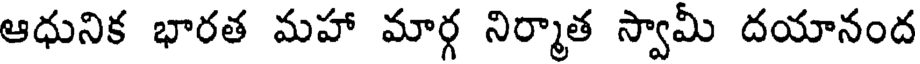
ఆధునిక భారత మహా మార్గ నిర్మాత స్వామీ దయానంద